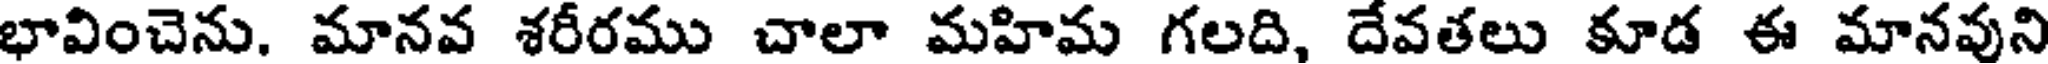
భావించెను. మానవ శరీరము చాలా మహిమ గలది, దేవతలు కూడ ఈ మానవుని